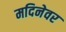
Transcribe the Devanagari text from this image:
मदिनेवर